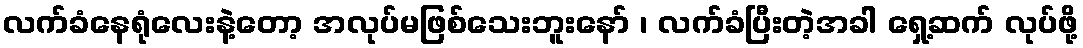
လက်ခံနေရုံလေးနဲ့တော့ အလုပ်မဖြစ်သေးဘူးနော် ၊ လက်ခံပြီးတဲ့အခါ ရှေ့ဆက် လုပ်ဖို့